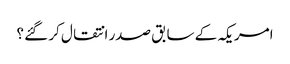
امریکہ کے سابق صدر انتقال کر گئے ؟